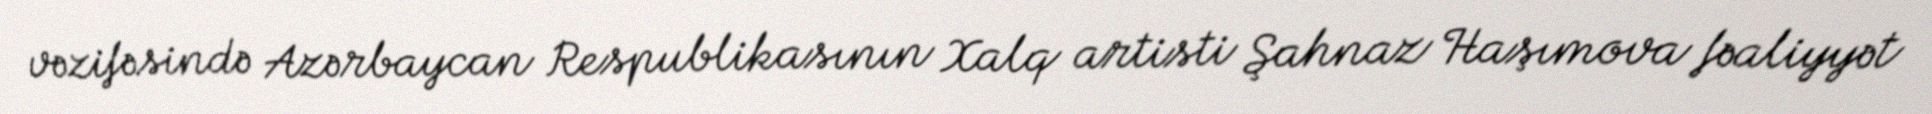
vəzifəsində Azərbaycan Respublikasının Xalq artisti Şahnaz Haşımova fəaliyyət